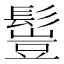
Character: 𩮖